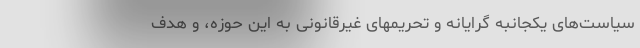
سیاست‌های یکجانبه گرایانه و تحریمهای غیرقانونی به این حوزه، و هدف